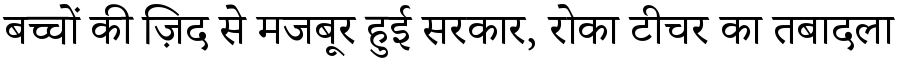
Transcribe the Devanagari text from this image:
बच्चों की ज़िद से मजबूर हुई सरकार, रोका टीचर का तबादला